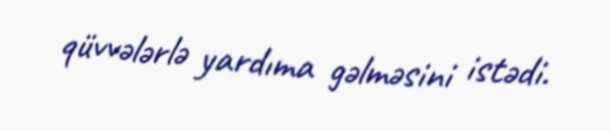
qüvvələrlə yardıma gəlməsini istədi.